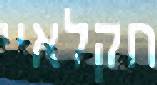
חקלאיי